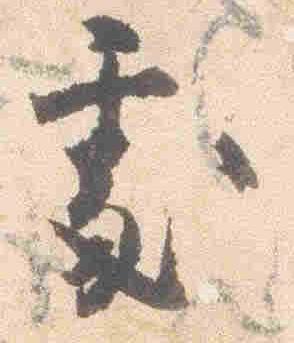
処